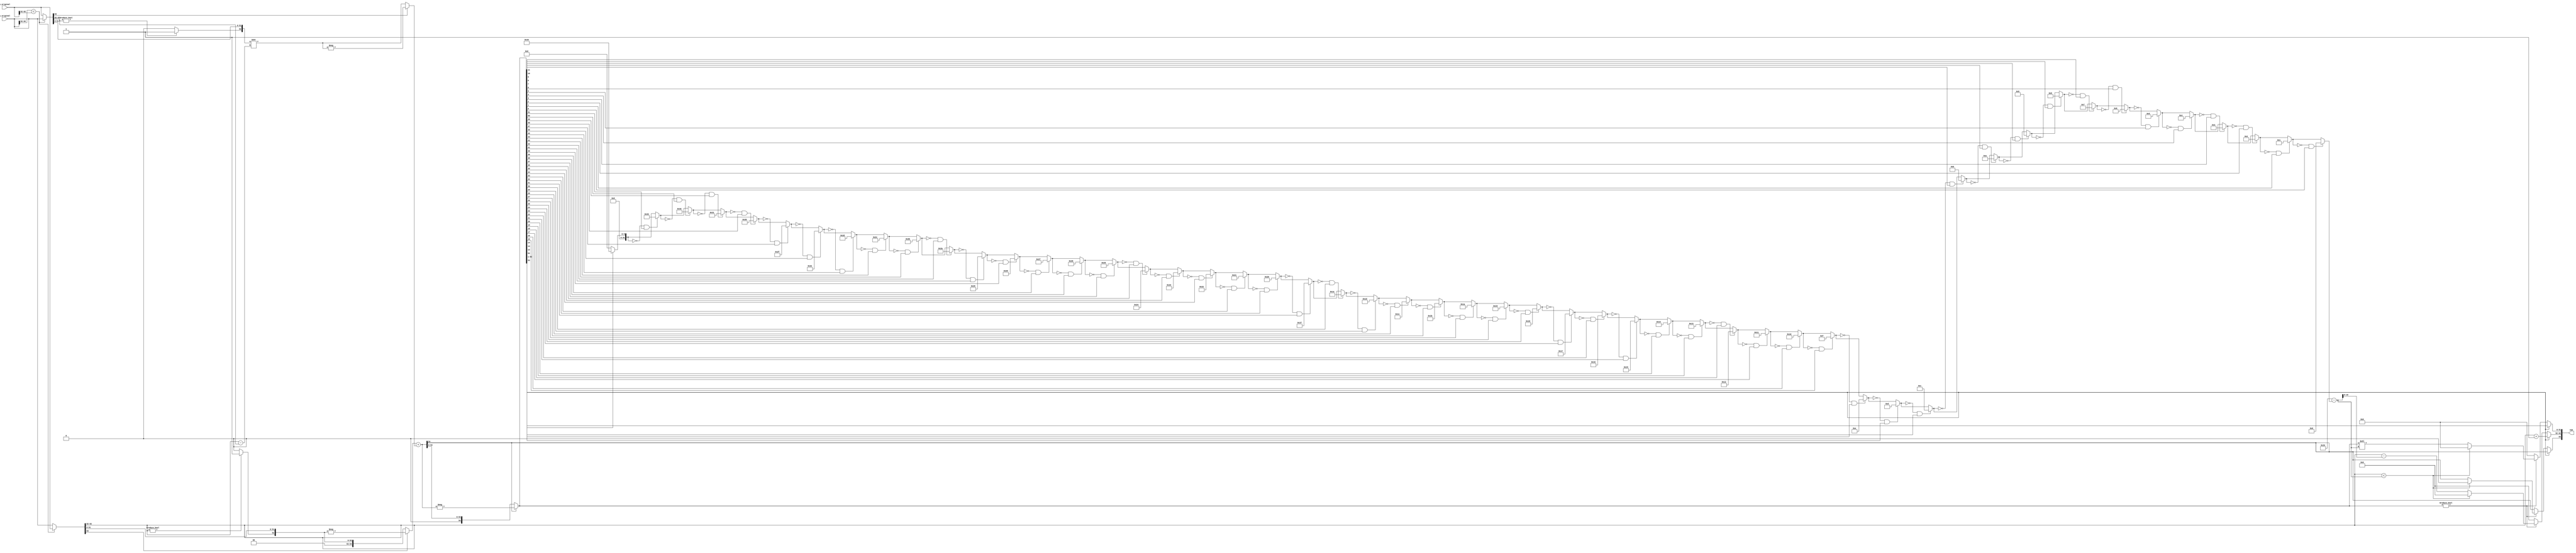
module fp_add(sum,a_original,b_original);
   input [63:0] a_original, b_original;
   output [63:0] sum;

   reg           sumneg;
   reg [10:0]    sumexp;
   reg [54:0]    sumsig;
   assign        sum[63]    = sumneg;
   assign        sum[62:52] = sumexp;
   assign        sum[51:0]  = sumsig;

   reg [63:0]    a, b;
   reg [54:0]    asig, bsig;
   reg [10:0]    aexp, bexp;
   reg           aneg, bneg;
   reg [10:0]    diff;

   always @( a_original or b_original )
     begin


        //Compare exp
        if ( a_original[62:52] < b_original[62:52] ) begin

           a = b_original;  b = a_original;

        end else begin

           a = a_original;  b = b_original;

        end

        /// Step 2: Break operand into sign (neg), exponent, and significand.
        //
        aneg = a[63];     bneg = b[63];
        aexp = a[62:52];  bexp = b[62:52];
        // Put a 0 in bits 53 and 54 (later used for sign).
        // Put a 1 in bit 52 of significand if exponent is non-zero.
        // Copy significand into remaining bits.
        asig = { 2'b0,    aexp ? 1'b1 : 1'b0,    a[51:0] };
        bsig = { 2'b0, bexp ? 1'b1 : 1'b0, b[51:0] };

        /// Step 3: Un-normalize b so that aexp == bexp.
        //
        diff = aexp - bexp;
        bsig = bsig >> diff;

        /// Step 4: If necessary, negate significands.
        //
        if ( aneg ) asig = -asig;
        if ( bneg ) bsig = -bsig;

        /// Step 5: Compute sum.
        sumsig = asig + bsig;

        /// Step 6: Take absolute value of sum.
        //
        sumneg = sumsig[54];
        if ( sumneg ) sumsig = -sumsig;

        /// Step 7: Normalize sum. (Three cases.)
        //
        if ( sumsig[53] ) begin
           //
           // Case 1: Sum overflow.
           //         Right shift significand and increment exponent.

           sumexp = aexp + 1;
           sumsig = sumsig >> 1;

        end else if ( sumsig ) begin:A
           //
           // Case 2: Sum is nonzero and did not overflow.

           integer pos, adj, i;

           // Find position of first non-zero digit.
           pos = 0;
           for (i = 52; i >= 0; i = i - 1 ) if ( !pos && sumsig[i] ) pos = i;

           // Compute amount to shift significand and reduce exponent.
           adj = 52 - pos;
           if ( aexp < adj ) begin
              //
              // Case 2a:
              //   Exponent too small, floating point underflow, set to zero.

              sumexp = 0;
              sumsig = 0;
              sumneg = 0;

           end else begin
              //
              // Case 2b: Adjust significand and exponent.

              sumexp = aexp - adj;
              sumsig = sumsig << adj;

           end

        end else begin
           //
           // Case 3: Sum is zero.

           sumexp = 0;
           sumsig = 0;

        end

     end
endmodule